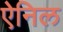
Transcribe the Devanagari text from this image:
ऐनिल